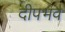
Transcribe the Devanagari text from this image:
दीपभव